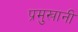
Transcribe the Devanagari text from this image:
प्रमुखानी